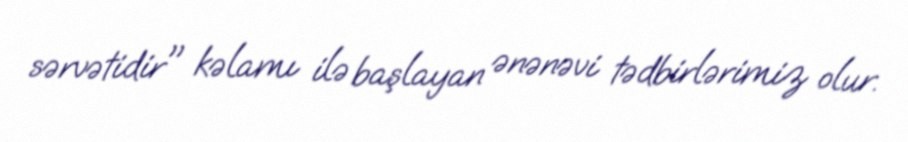
sərvətidir" kəlamı ilə başlayan ənənəvi tədbirlərimiz olur.